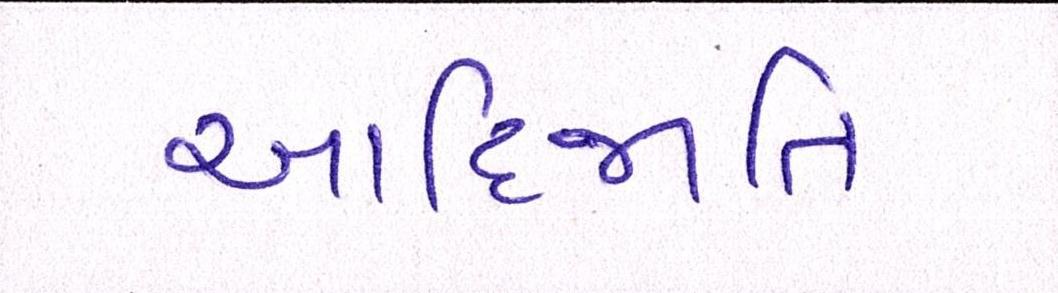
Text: આદિજાતિ